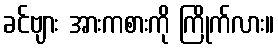
ခင်ဗျား အားကစားကို ကြိုက်လား။